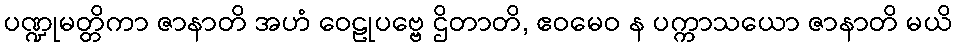
ပဏ္ဍုမတ္တိကာ ဇာနာတိ အဟံ ဝေဠုပဗ္ဗေ ဌိတာတိ, ဧဝမေဝ န ပက္ကာသယော ဇာနာတိ မယိ